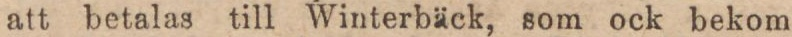
att betalas till Winterbäck, som ock bekom